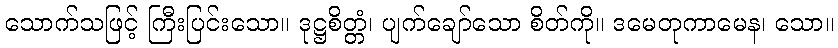
သောက်သဖြင့် ကြီးပြင်းသော။ ဒုဋ္ဌစိတ္တံ၊ ပျက်ချော်သော စိတ်ကို။ ဒမေတုကာမေန၊ သော။